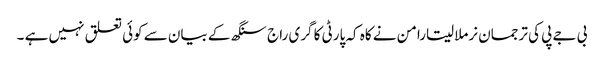
بی جے پی کی ترجمان نرملا سیتارامن نے کاہ کہ پارٹی کا گری راج سنگھ کے بیان سے کوئی تعلق نہیں ہے ۔